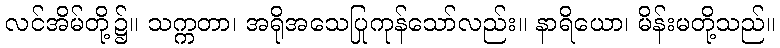
လင်အိမ်တို့၌။ သက္ကတာ၊ အရိုအသေပြုကုန်သော်လည်း။ နာရိယော၊ မိန်းမတို့သည်။